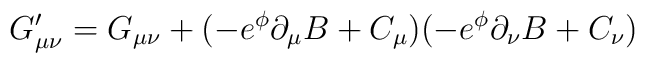
G_{\mu\nu}^{\prime} = G_{\mu\nu}+(-e^{\phi}\partial_{\mu}B+C_{\mu})(-e^{\phi}\partial_{\nu}B+C_{\nu})